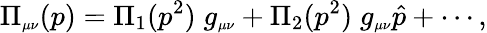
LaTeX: \Pi_{\scriptscriptstyle\mu\nu}(p)=\Pi_{1}(p^{2})\; g_{\scriptscriptstyle\mu\nu}+\Pi_{2}(p^{2})\; g_{\scriptscriptstyle\mu\nu}\hat{p}+\cdots,